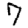
Digit: 7